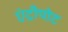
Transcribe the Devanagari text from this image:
एंट्रीपोट